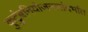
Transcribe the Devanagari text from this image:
कुटुंबनियोजनासंदर्भात